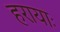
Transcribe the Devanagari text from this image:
हरायाः